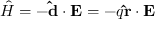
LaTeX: { \hat { H } } = - \mathbf { \hat { d } } \cdot \mathbf { E } = - q \mathbf { \hat { r } } \cdot \mathbf { E }